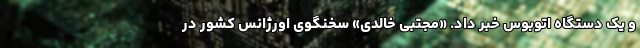
و یک دستگاه اتوبوس خبر داد. «مجتبی خالدی» سخنگوی اورژانس کشور در